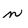
Character: n